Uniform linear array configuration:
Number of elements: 12
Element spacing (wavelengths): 1
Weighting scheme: blackman
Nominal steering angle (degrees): -15
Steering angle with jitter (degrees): -16.098
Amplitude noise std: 0.05
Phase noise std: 0.05

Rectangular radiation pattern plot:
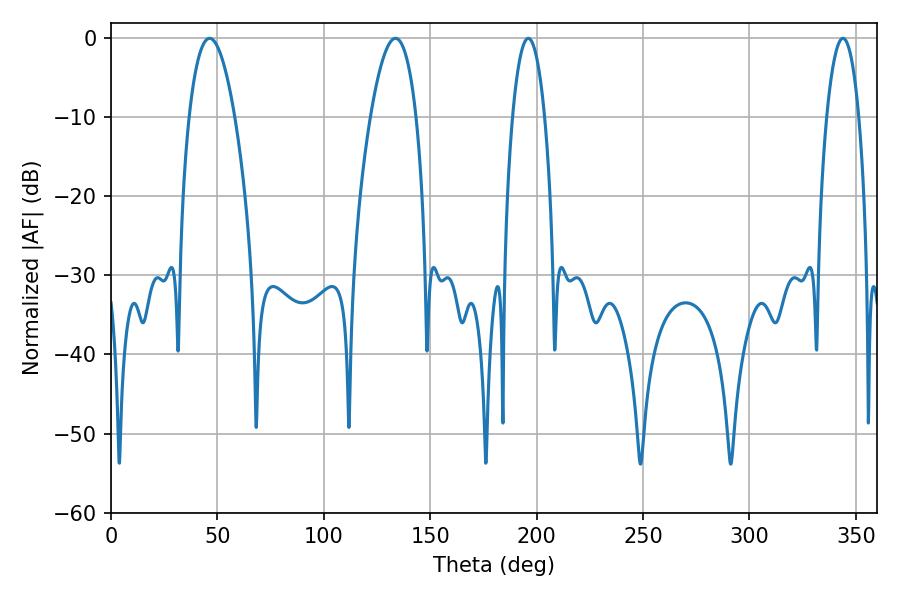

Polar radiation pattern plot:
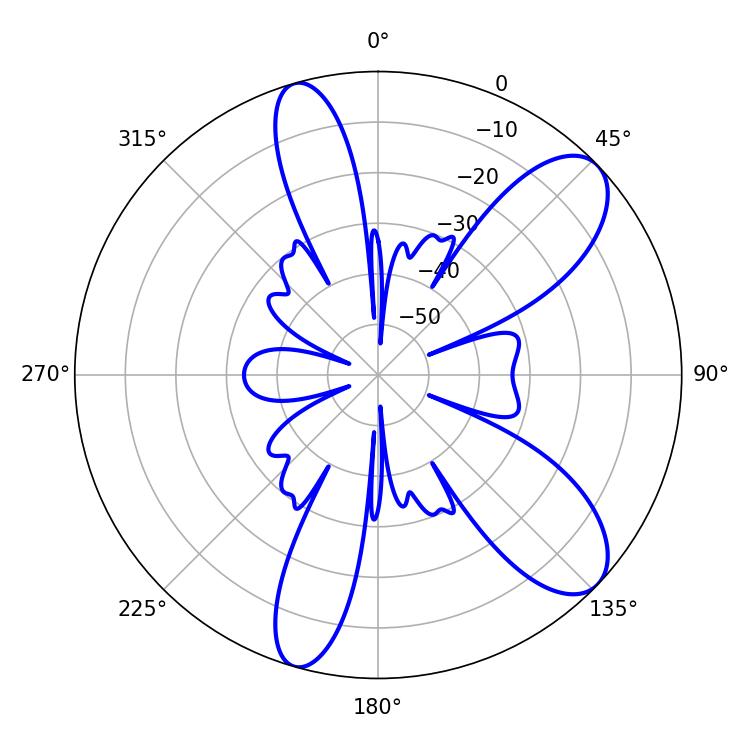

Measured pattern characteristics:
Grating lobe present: TRUE
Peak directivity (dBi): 9.296
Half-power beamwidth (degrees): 11.88
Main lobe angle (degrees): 46.26